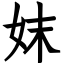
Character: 妺